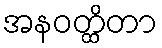
အနဝတ္ထိတာ